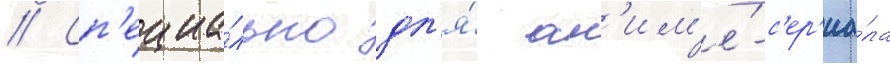
// Сп'ециа́льно дл'я́ ан'им'е́-с'ер'иа́ла